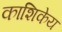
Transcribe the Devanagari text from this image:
काशिकेय